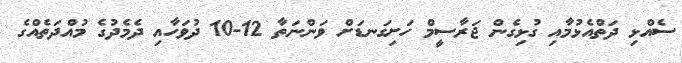
ސެއްޅި ދަތްއެޅުމާއި ގުޅިގެން ޖަރާސީމް ހަށިގަނޑަށް ވަންނަތާ 12-10 ދުވަހާއި ދެމެދުގެ މުއްދަތެއްގެ